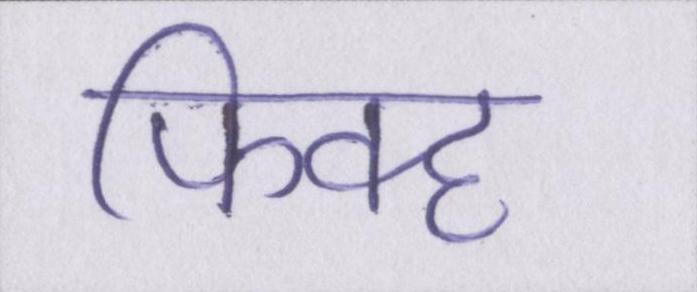
फिक्ह